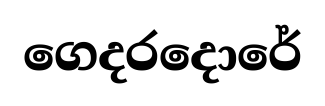
ගෙදරදොරේ